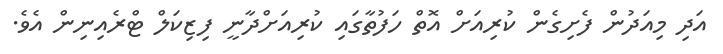
އަދި މިއަދުން ފެށިގެން ކުރިއަށް އޮތް ހަފުތާގައި ކުރިއަށްދާނީ ފިޒިކަލް ޓްރެއިނިން އެވެ.